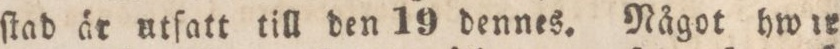
ſtad är utſatt till den 19 dennes. Något hwer